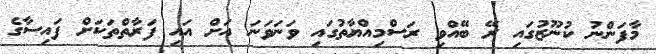
މާފަންނު ކުނޫޒުގައި ރޭ ބޭއްވި ރަސްމިއްޔާތުގައި ވަނަވަނަ އަށް އައި ފަރާތްތަކަށް ފައިސާގެ